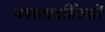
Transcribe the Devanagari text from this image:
बक्साप्रदर्शितकरें